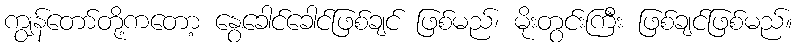
ကျွန်တော်တို့ကတော့ နွေခေါင်ခေါင်ဖြစ်ချင် ဖြစ်မည်၊ မိုးတွင်းကြီး ဖြစ်ချင်ဖြစ်မည်။